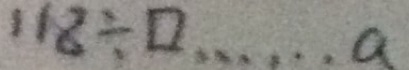
1 1 8 \div \square \cdots a